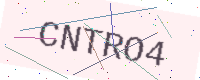
Text: CNTRO4